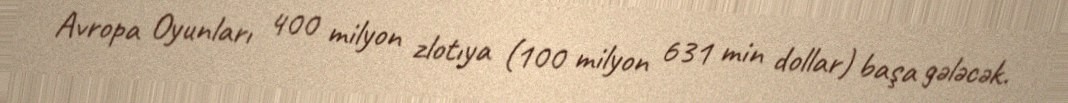
Avropa Oyunları 400 milyon zlotıya (100 milyon 631 min dollar) başa gələcək.